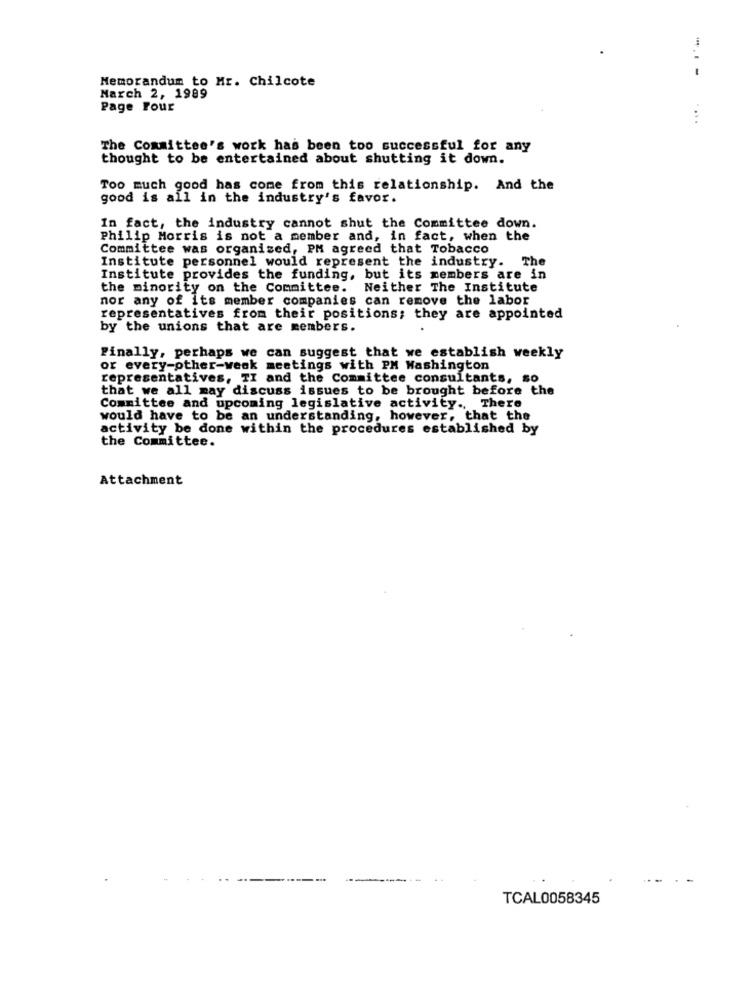
Memorandum to Mr. Chilcote
--
March 2, 1989
Page Pour
....
The Committee's work has been too successful for any
thought to be entertained about shutting it down.
Too much good has come from this relationship. And the
good is all in the industry's favor.
In fact, the industry cannot shut the Committee down.
Philip Morris is not a member and, in fact, when the
Committee was organised, PM agreed that Tobacco
Institute personnel would represent the industry. The
Institute provides the funding, but its members are in
the minority on the Committee.
Neither The Institute
nor any of its member companies can remove the labor
representatives from their positions; they are appointed
by the unions that are members.
Finally, perhaps we can suggest that we establish weekly
or every-other-week meetings with PM Washington
representatives, TI and the Committee consultants, so
that we all may discuss issues to be brought before the
Committee and upcoming legislative activity ., There
would have to be an understanding, however, that the
activity be done within the procedures established by
the Committee.
Attachment
TCAL0058345